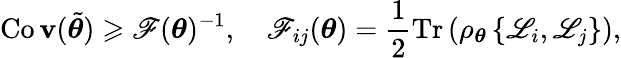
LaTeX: \operatorname{Co\mathbf{v}}(\tilde{{\boldsymbol{\theta}}})\geqslant\mathscr{{F}}(\boldsymbol{\theta})^{-1},\quad\mathscr{{F}}_{{ij}}(\boldsymbol{\theta})=\frac{{1}}{{2}}\operatorname{Tr}\left(\rho_{\boldsymbol{\theta}}\left\{ \mathscr{{L}}_{i},\mathscr{{L}}_{j}\right\} \right),